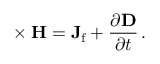
\mathbf { \nabla } \times \mathbf { H } = \mathbf { J } _ { \mathrm { f } } + { \frac { \partial \mathbf { D } } { \partial t } } \, .